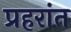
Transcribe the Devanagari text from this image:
प्रहरांत